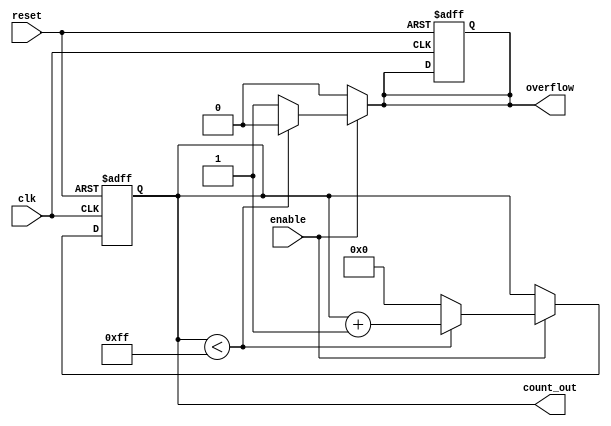
module windowed_counter #(parameter WINDOW_SIZE = 8, // Define the window size
                          parameter INITIAL_VALUE = 0,
                          parameter COUNT_DIR = 1) // 1 for up, 0 for down
                        (
    input wire clk,         // Clock input
    input wire reset,       // Asynchronous reset input
    input wire enable,      // Enable input
    output reg [WINDOW_SIZE-1:0] count_out, // Output count value
    output reg overflow     // Overflow signal
);

// Internal signals
reg [WINDOW_SIZE-1:0] next_count;

// Always block for synchronous counting
always @(posedge clk or posedge reset) begin
    if (reset) begin
        count_out <= INITIAL_VALUE; // Reset count to initial value
        overflow <= 1'b0;            // Clear overflow signal
    end else if (enable) begin
        count_out <= next_count; // Update count value
    end
end

// Combinational logic for counting
always @(*) begin
    if (enable) begin
        if (COUNT_DIR) begin
            // Counting up
            if (count_out < (1 << WINDOW_SIZE) - 1) begin // Check for overflow
                next_count = count_out + 1;
                overflow = 1'b0;
            end else begin
                next_count = 0;     // Wrap around
                overflow = 1'b1;    // Set overflow signal
            end
        end else begin
            // Counting down
            if (count_out > 0) begin
                next_count = count_out - 1;
                overflow = 1'b0;
            end else begin
                next_count = (1 << WINDOW_SIZE) - 1; // Wrap to maximum value
                overflow = 1'b1;   // Set overflow signal
            end
        end
    end else begin
        next_count = count_out; // Hold current value if not enabled
        overflow = 1'b0; // No overflow when hold
    end
end

endmodule